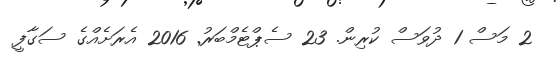
2 މަސް 1 ދުވަސް ކުރިން. 23 ސެޕްޓެމްބަރު